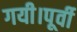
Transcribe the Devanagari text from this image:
गयी।पूर्वी